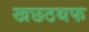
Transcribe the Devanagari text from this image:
खछठथफ